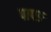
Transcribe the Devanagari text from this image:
पापङ